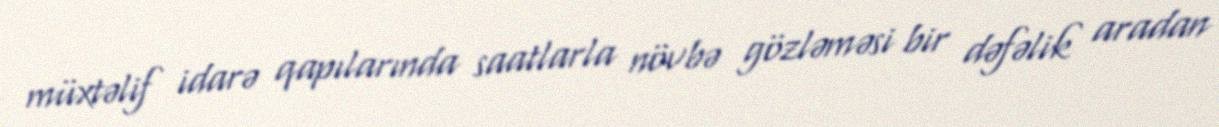
müxtəlif idarə qapılarında saatlarla növbə gözləməsi bir dəfəlik aradan